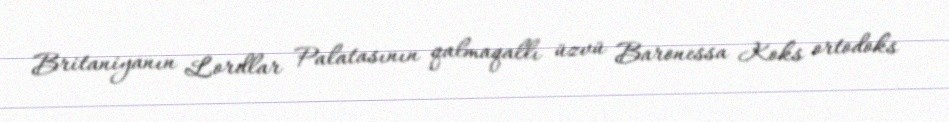
Britaniyanın Lordlar Palatasının qalmaqallı üzvü Baronessa Koks ortodoks